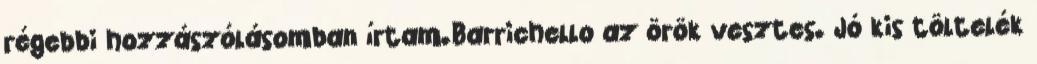
régebbi hozzászólásomban írtam.Barrichello az örök vesztes. Jó kis töltelék